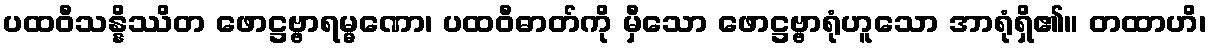
ပထဝီသန္နိဿိတ ဖောဋ္ဌဗ္ဗာရမ္မဏော၊ ပထဝီဓာတ်ကို မှီသော ဖောဋ္ဌဗ္ဗာရုံဟူသော အာရုံရှိ၏။ တထာဟိ၊